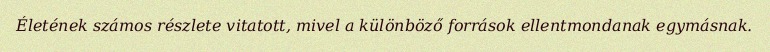
Életének számos részlete vitatott, mivel a különböző források ellentmondanak egymásnak.